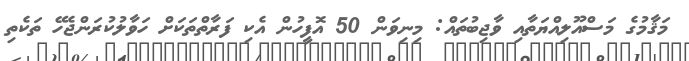
މަޤާމުގެ މަސްއޫލިއްޔަތާއި ވާޖިބުތައް: މިނިވަން 50 އޮފީހުން އެކި ފަރާތްތަކަށް ހަވާލުކުރަންޖެހޭ ތަކެތި